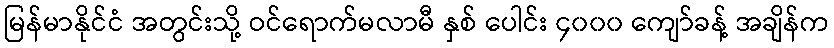
မြန်မာနိုင်ငံ အတွင်းသို့ ဝင်ရောက်မလာမီ နှစ် ပေါင်း ၄၀၀၀ ကျော်ခန့် အချိန်က